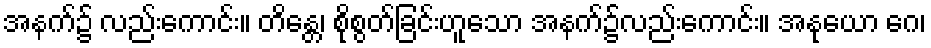
အနက်၌ လည်းကောင်း။ တိန္တေ၊ စိုစွတ်ခြင်းဟူသော အနက်၌လည်းကောင်း။ အနုယော ဂေ၊